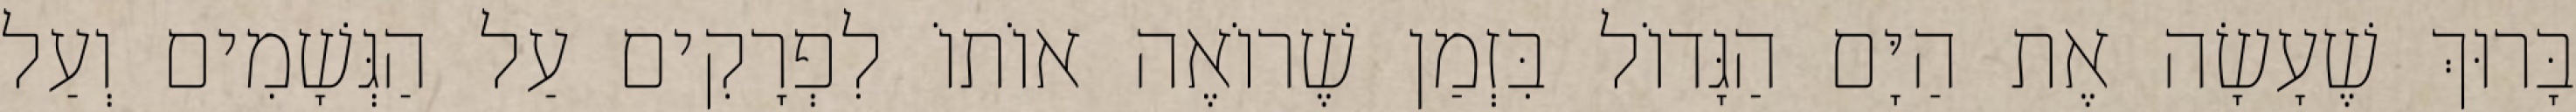
בָּרוּךְ שֶׁעָשָׂה אֶת הַיָּם הַגָּדוֹל בִּזְמַן שֶׁרוֹאֶה אוֹתוֹ לִפְרָקִים עַל הַגְּשָׁמִים וְעַל